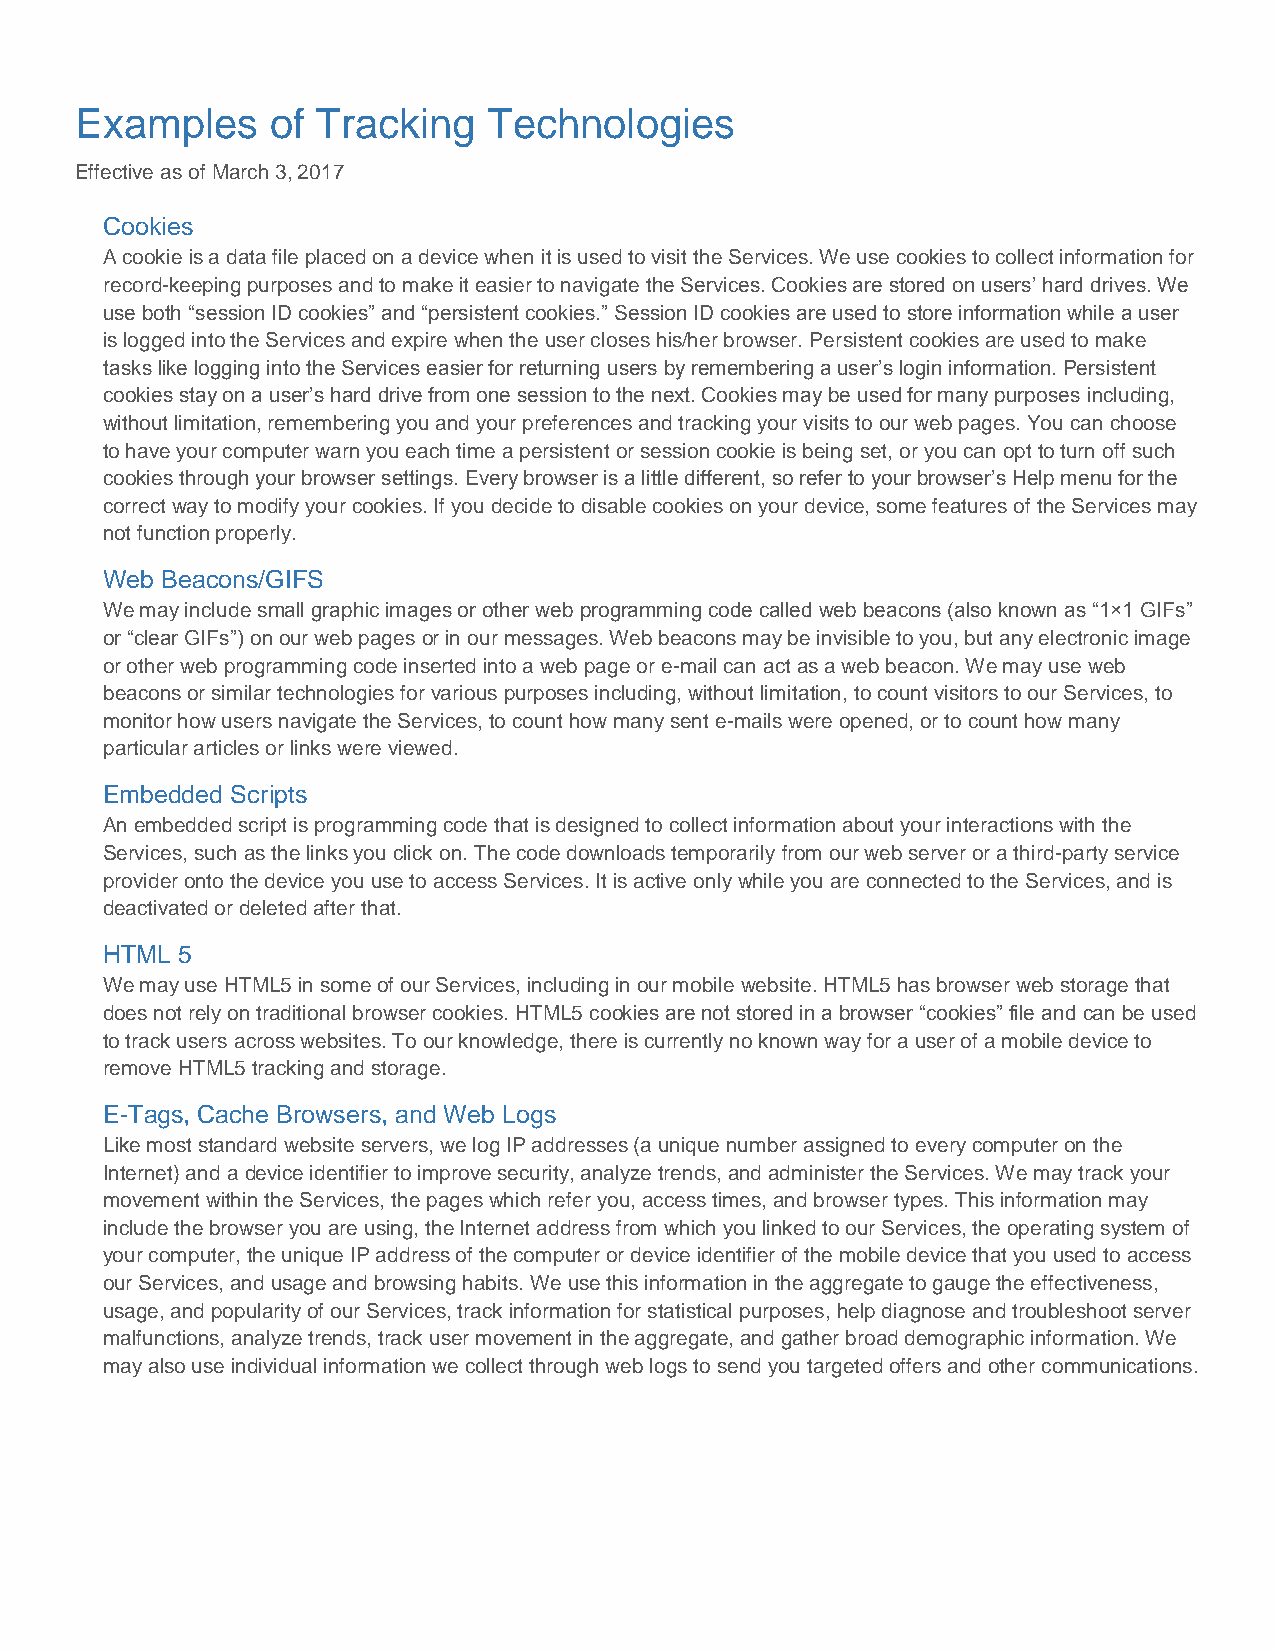
Examples     of Tracking   Technologies
 Effective as of March 3, 2017
 Cookies
 A cookie is a data file placed on a device when it is used to visit the Services. We use cookies to collect information for
 record-keeping purposes and to make it easier to navigate the Services. Cookies are stored on users’ hard drives. We
 use both “session ID cookies” and “persistent cookies.” Session ID cookies are used to store information while a user
 is logged into the Services and expire when the user closes his/her browser. Persistent cookies are used to make
 tasks like logging into the Services easier for returning users by remembering a user’s login information. Persistent
 cookies stay on a user’s hard drive from one session to the next. Cookies may be used for many purposes including,
 without limitation, remembering you and your preferences and tracking your visits to our web pages. You can choose
 to have your computer warn you each time a persistent or session cookie is being set, or you can opt to turn off such
 cookies through your browser settings. Every browser is a little different, so refer to your browser’s Help menu for the
 correct way to modify your cookies. If you decide to disable cookies on your device, some features of the Services may
 not function properly.
 Web Beacons/GIFS
 We may include small graphic images or other web programming code called web beacons (also known as “1×1 GIFs”
 or “clear GIFs”) on our web pages or in our messages. Web beacons may be invisible to you, but any electronic image
 or other web programming code inserted into a web page or e-mail can act as a web beacon. We may use web
 beacons or similar technologies for various purposes including, without limitation, to count visitors to our Services, to
 monitor how users navigate the Services, to count how many sent e-mails were opened, or to count how many
 particular articles or links were viewed.
 Embedded Scripts
 An embedded script is programming code that is designed to collect information about your interactions with the
 Services, such as the links you click on. The code downloads temporarily from our web server or a third-party service
 provider onto the device you use to access Services. It is active only while you are connected to the Services, and is
 deactivated or deleted after that.
 HTML 5
 We may use HTML5 in some of our Services, including in our mobile website. HTML5 has browser web storage that
 does not rely on traditional browser cookies. HTML5 cookies are not stored in a browser “cookies” file and can be used
 to track users across websites. To our knowledge, there is currently no known way for a user of a mobile device to
 remove HTML5 tracking and storage.
 E-Tags, Cache Browsers, and Web Logs
 Like most standard website servers, we log IP addresses (a unique number assigned to every computer on the
 Internet) and a device identifier to improve security, analyze trends, and administer the Services. We may track your
 movement within the Services, the pages which refer you, access times, and browser types. This information may
 include the browser you are using, the Internet address from which you linked to our Services, the operating system of
 your computer, the unique IP address of the computer or device identifier of the mobile device that you used to access
 our Services, and usage and browsing habits. We use this information in the aggregate to gauge the effectiveness,
 usage, and popularity of our Services, track information for statistical purposes, help diagnose and troubleshoot server
 malfunctions, analyze trends, track user movement in the aggregate, and gather broad demographic information. We
 may also use individual information we collect through web logs to send you targeted offers and other communications.